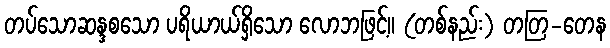
တပ်သောဆန္ဒစသော ပရိယာယ်ရှိသော လောဘဖြင့်။ (တစ်နည်း) တတြ-တေန